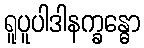
ရူပူပါဒါနက္ခန္ဓော